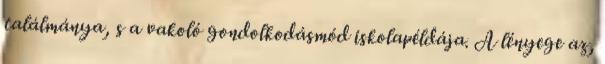
találmánya, s a vakoló gondolkodásmód iskolapéldája. A lényege az,